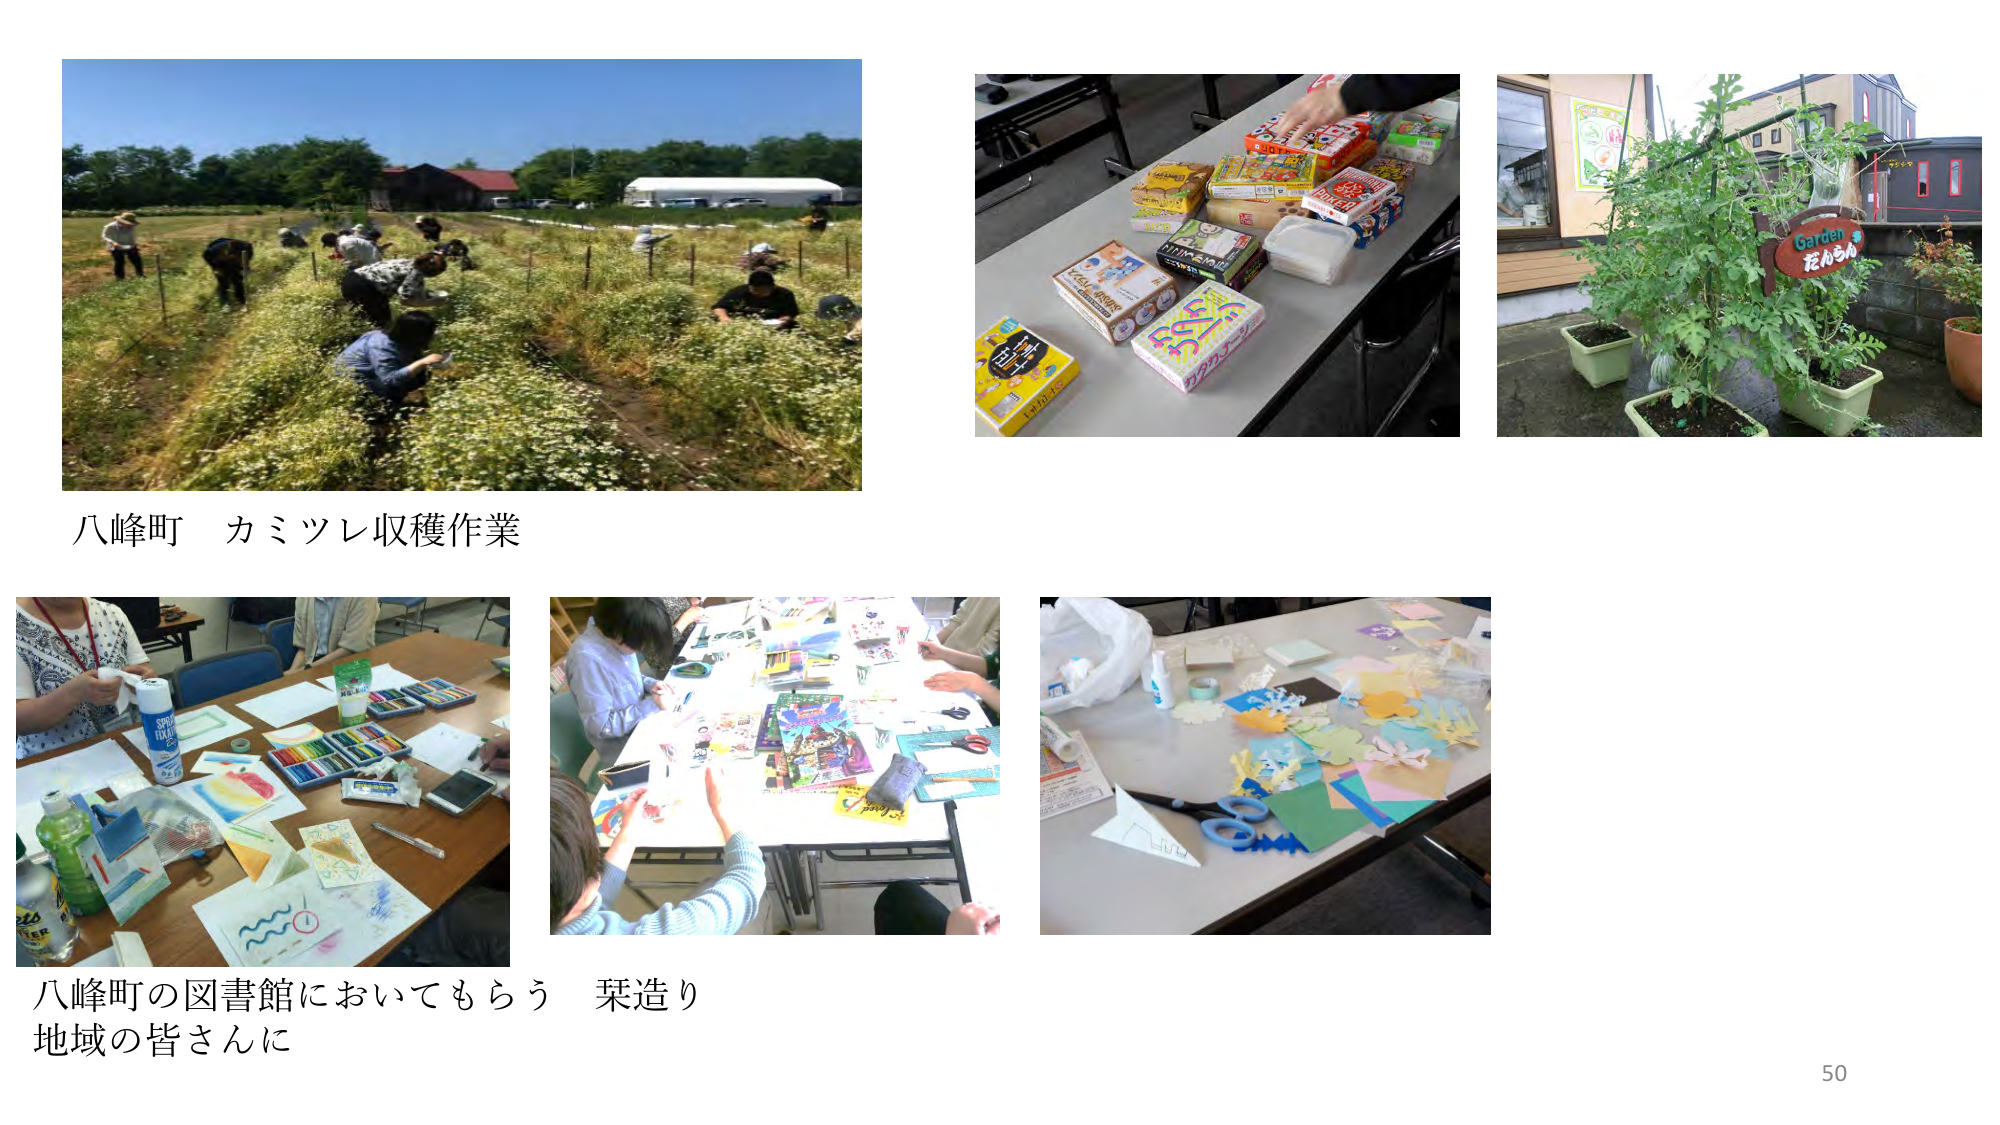
八峰町 カミツレ収穫作業

八峰町の図書館においてもらう 菜造り
地域の皆さんに

Garden
花かちゃん

50